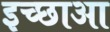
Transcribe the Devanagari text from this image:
इच्छाआ